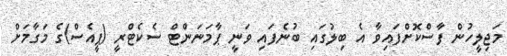
މަޖިލީހުން ފާސްކޮށްފައިވާ އެ ބިލުގައި ބުނެފައި ވަނީ ޕާމަނަންޓް ސެކެޓްރީ (ޕީއެސް)ގެ މަގާމަށް